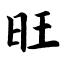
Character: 旺